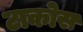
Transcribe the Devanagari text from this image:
टाकोस